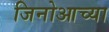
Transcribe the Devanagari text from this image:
जिनोआच्या